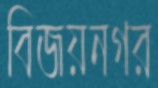
বিজয়নগর